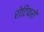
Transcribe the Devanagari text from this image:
रोटिफरों